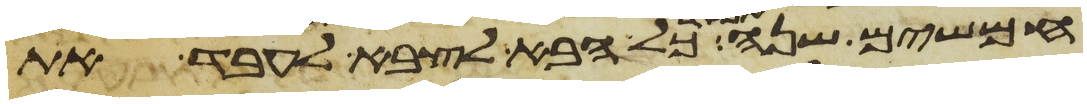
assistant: חמשים שנה כל הבא לצבא לעבדה